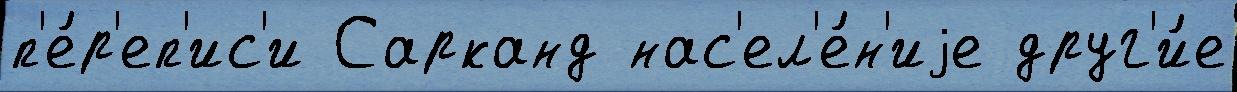
п'е́р'еп'ис'и Сарканд нас'ел'е́н'иjе друг'и́е